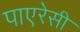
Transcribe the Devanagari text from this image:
पाएरेसी